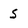
Character: 5